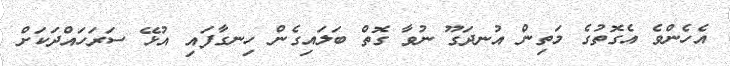
އެހެންވެ އެގޮތުގެ މަތިން އުނދަގޫ ނުވާ ގޮތް ބަލައިގެން ހިނގާފައި އުޅޭ ސަރަހައްދަކަށް